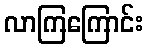
လာကြကြောင်း